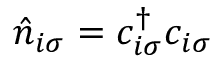
\hat { n } _ { i \sigma } = c _ { i \sigma } ^ { \dagger } c _ { i \sigma }